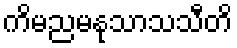
ကိမညမနုသာသသီတိ